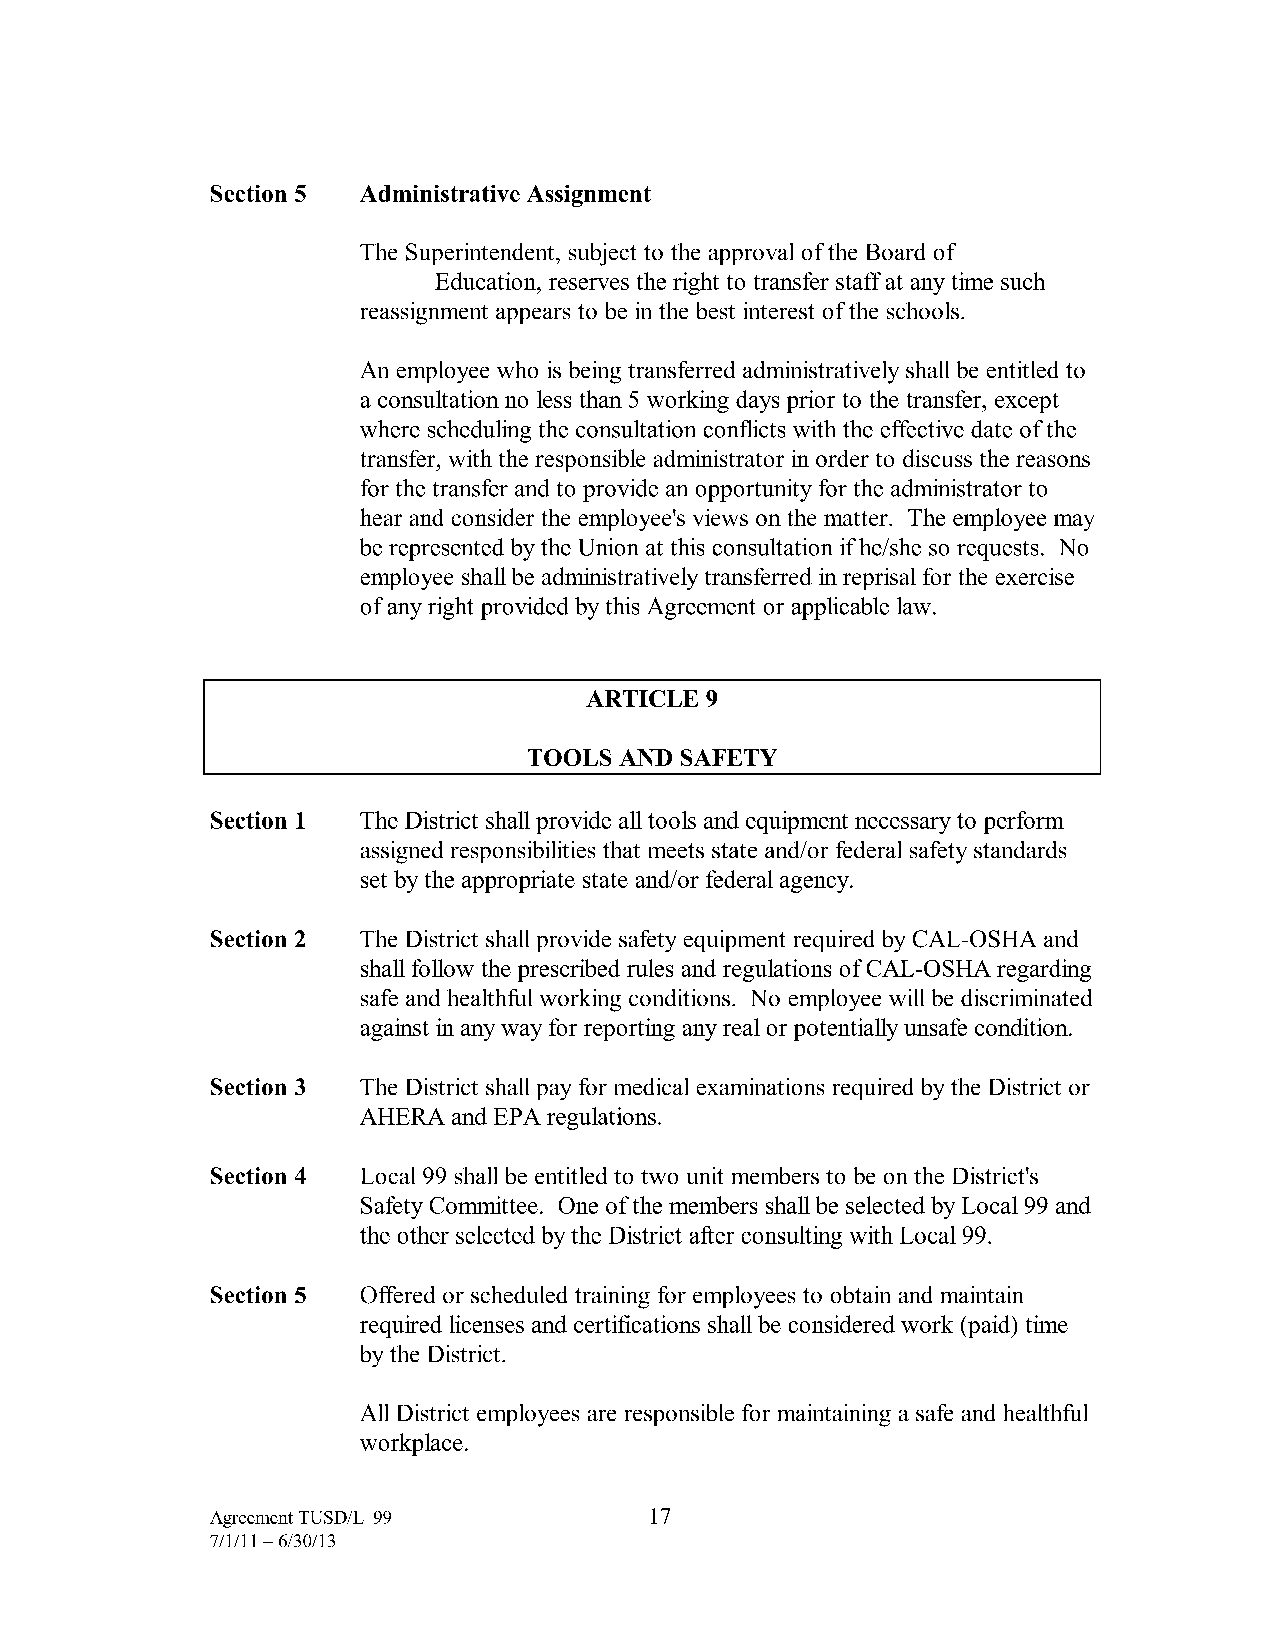
Section 5 Administrative Assignment
 The Superintendent, subject to the approval of the Board of
 Education, reserves the right to transfer staff at any time such
 reassignment appears to be in the best interest of the schools.
 An employee who is being transferred administratively shall be entitled to
 a consultation no less than 5 working days prior to the transfer, except
 where scheduling the consultation conflicts with the effective date of the
 transfer, with the responsible administrator in order to discuss the reasons
 for the transfer and to provide an opportunity for the administrator to
 hear and consider the employee's views on the matter. The employee may
 be represented by the Union at this consultation if he/she so requests. No
 employee shall be administratively transferred in reprisal for the exercise
 of any right provided by this Agreement or applicable law.
 ARTICLE9
 TOOLS AND SAFETY
 Section 1 The District shall provide all tools and equipment necessary to perform
 assigned responsibilities that meets state and/or federal safety standards
 set by the appropriate state and/or federal agency.
 Section 2 The District shall provide safety equipment required by CAL-OSHA and
 shall follow the prescribed rules and regulations of CAL-OSHA regarding
 safe and healthful working conditions. No employee will be discriminated
 against in any way for reporting any real or potentially unsafe condition.
 Section 3 The District shall pay for medical examinations required by the District or
 AHERA and EPA regulations.
 Section 4 Local 99 shall be entitled to two unit members to be on the District's
 Safety Committee. One of the members shall be selected by Local 99 and
 the other selected by the District after consulting with Local 99.
 Section 5 Offered or scheduled training for employees to obtain and maintain
 required licenses and certifications shall be considered work (paid) time
 by the District.
 All District employees are responsible for maintaining a safe and healthful
 workplace.
 Agreement TUSD/L-99          17
 7/1/11-6/30/13